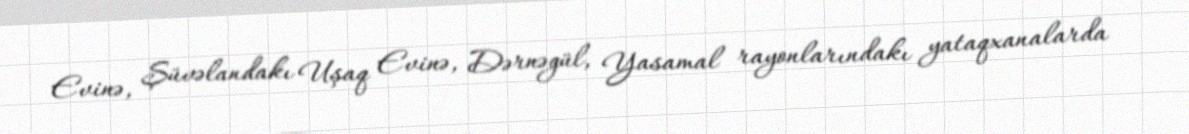
Evinə, Şüvəlandakı Uşaq Evinə, Dərnəgül, Yasamal rayonlarındakı yataqxanalarda